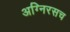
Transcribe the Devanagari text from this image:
अग्निरसच